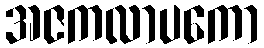
အဇကလာပကော